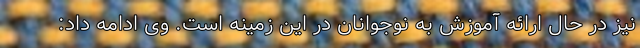
نیز در حال ارائه آموزش به نوجوانان در این زمینه است. وی ادامه داد: